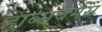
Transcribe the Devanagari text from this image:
हाब्सबर्गस